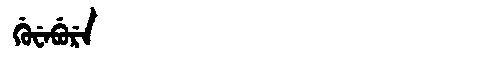
Manchu: ᡤᡠᠸᡝᠪᡠᡵᡝ
Romanization: GUWEBURE